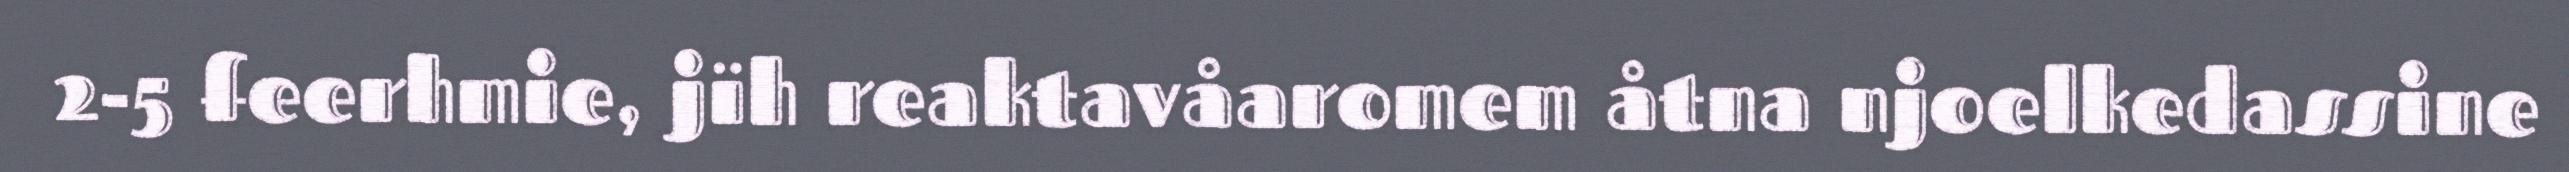
2-5 feerhmie, jïh reaktavåaromem åtna njoelkedassine